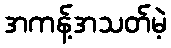
အကန့်အသတ်မဲ့